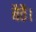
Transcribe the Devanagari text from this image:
बैठै।